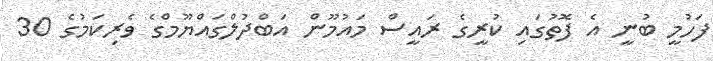
ފަހުމީ ބުނީ އެ ފޮތުގައި ކުރީގެ ރައީސް މައުމޫން އަބްދުލްގައްޔޫމްގެ ވެރިކަމުގެ 30